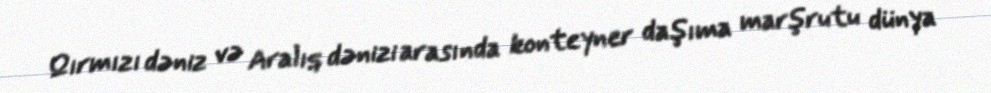
Qırmızı dəniz və Aralıq dənizi arasında konteyner daşıma marşrutu dünya